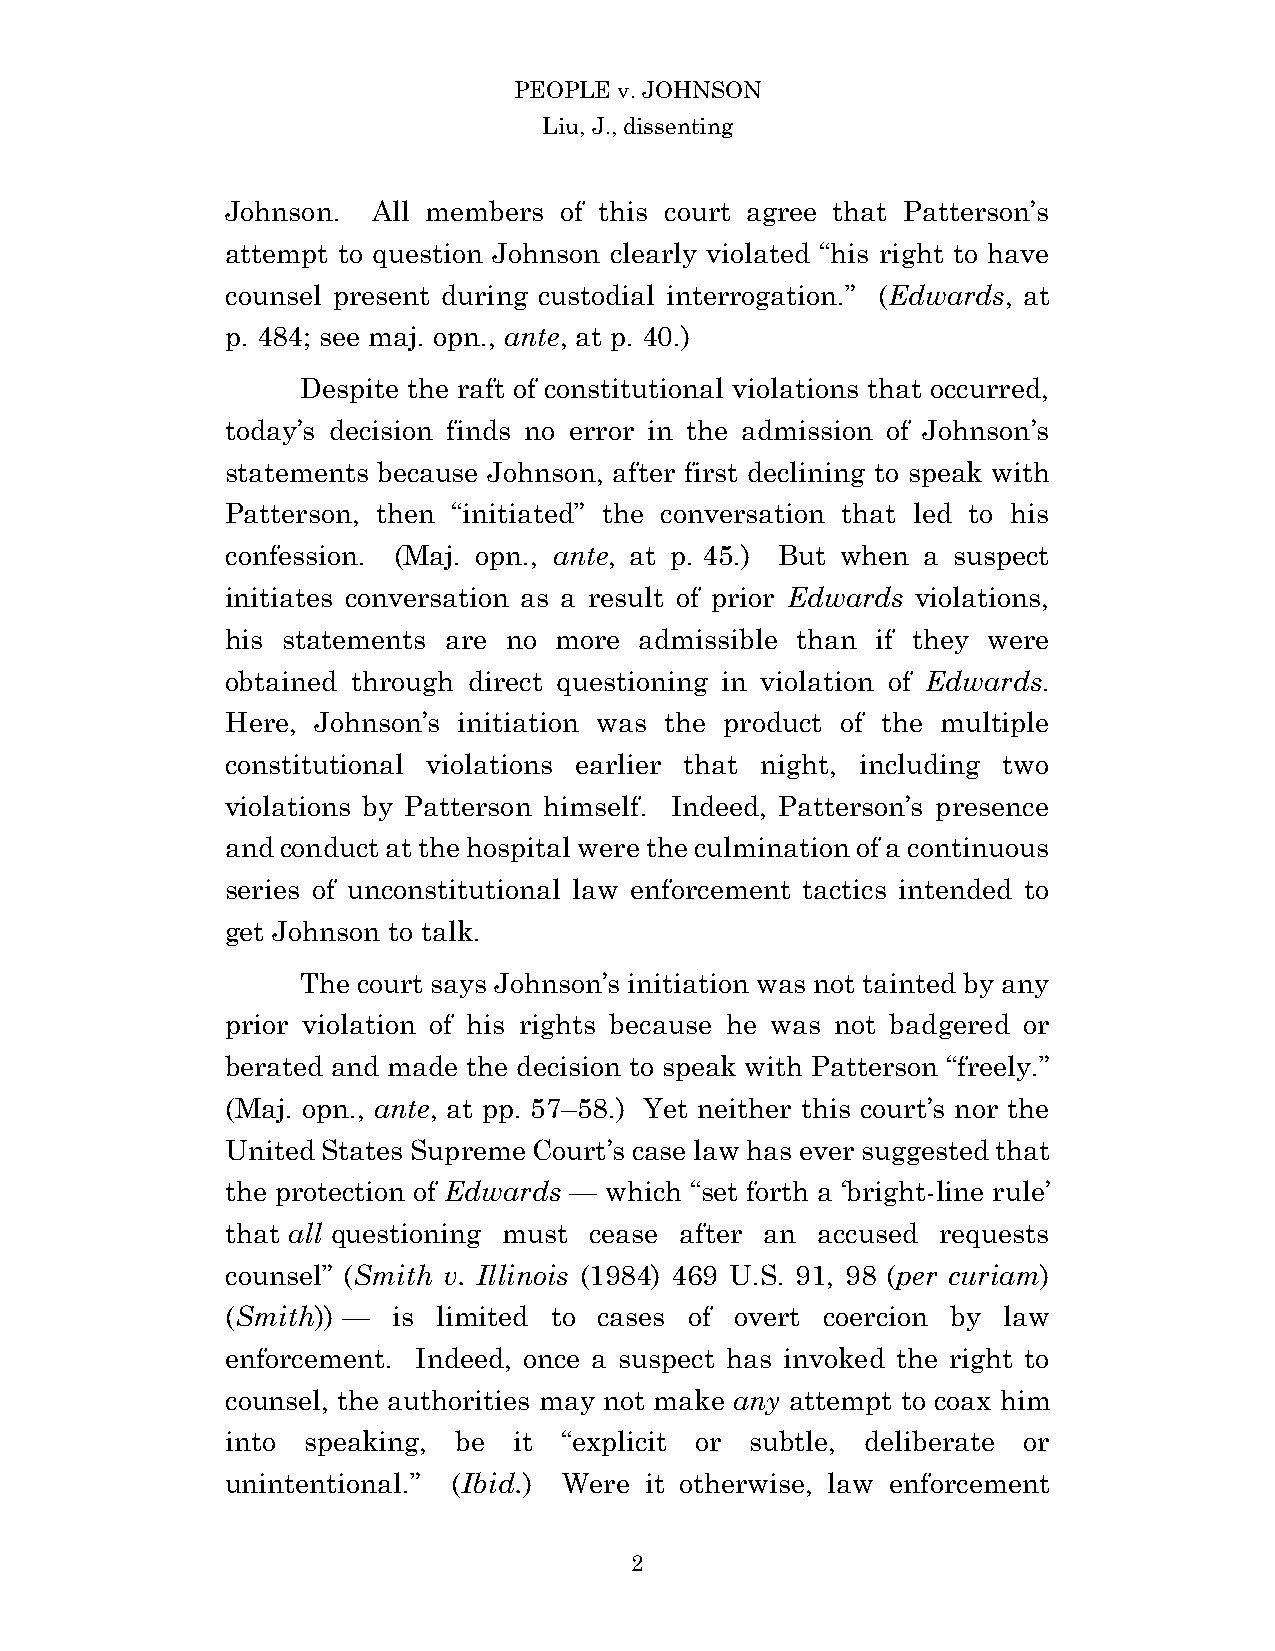
PEOPLE v. JOHNSON
 Liu, J., dissenting
 Johnson.  All members of this court agree that Patterson’s
 attempt to question Johnson clearly violated “his right to have
 counsel present during custodial interrogation.” (Edwards, at
 p. 484; see maj. opn., ante, at p. 40.)
 Despite the raft of constitutional violations that occurred,
 today’s decision finds no error in the admission of Johnson’s
 statements because Johnson, after first declining to speak with
 Patterson, then “initiated” the conversation that led to his
 confession. (Maj. opn., ante, at p. 45.) But when a suspect
 initiates conversation as a result of prior Edwards violations,
 his statements are no more admissible than if they were
 obtained through direct questioning in violation of Edwards.
 Here, Johnson’s initiation was the product of the multiple
 constitutional violations earlier that night, including two
 violations by Patterson himself. Indeed, Patterson’s presence
 and conduct at the hospital were the culmination of a continuous
 series of unconstitutional law enforcement tactics intended to
 get Johnson to talk.
 The court says Johnson’s initiation was not tainted by any
 prior violation of his rights because he was not badgered or
 berated and made the decision to speak with Patterson “freely.”
 (Maj. opn., ante, at pp. 57–58.) Yet neither this court’s nor the
 United States Supreme Court’s case law has ever suggested that
 the protection of Edwards — which “set forth a ‘bright-line rule’
 that all questioning must cease after an accused requests
 counsel” (Smith v. Illinois (1984) 469 U.S. 91, 98 (per curiam)
 (Smith)) — is limited to cases of overt coercion by law
 enforcement. Indeed, once a suspect has invoked the right to
 counsel, the authorities may not make any attempt to coax him
 into speaking, be  it “explicit or subtle, deliberate or
 unintentional.” (Ibid.) Were it otherwise, law enforcement
 2